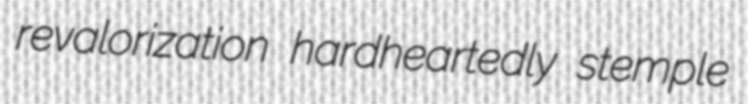
revalorization hardheartedly stemple